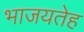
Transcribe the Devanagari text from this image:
भाजयतेह